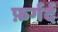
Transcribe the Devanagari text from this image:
फ़र्गर्द